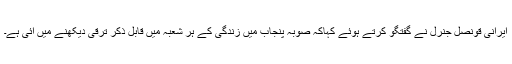
ایرانی قونصل جنرل نے گفتگو کرتے ہوئے کہاکہ صوبہ پنجاب میں زندگی کے ہر شعبہ میں قابل ذکر ترقی دیکھنے میں آئی ہے۔